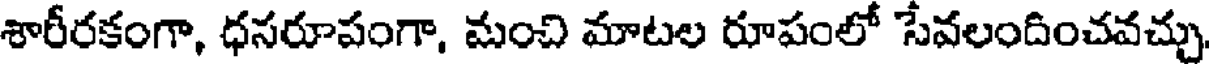
శారీరకంగా, ధసరూపంగా, మంచి మాటల రూపంలో సేవలందించవచ్చు